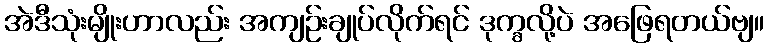
အဲဒီသုံးမျိုးဟာလည်း အကျဉ်းချုပ်လိုက်ရင် ဒုက္ခလို့ပဲ အဖြေရတယ်ဗျ။